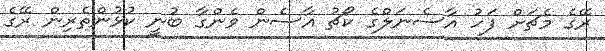
ރޭގެ މެޗަށް ފަހު އާސެނަލްގެ ކޯޗު އާސެން ވެންގާ ބުނީ ކުޅުންތެރިން ރޭގެ